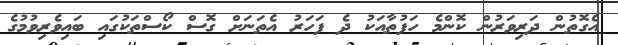
އެގޮތުން ދަރިވަރުން ކޮންމެ ހަފުތާއަކު ދެ ފަހަރު އެތަނަށް ގޮސް ކޯސްތަކުގައި ބައިވެރިވުމުގެ